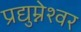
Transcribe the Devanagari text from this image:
प्रद्युम्नेश्वर